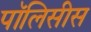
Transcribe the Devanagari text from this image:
पॉलिसीस